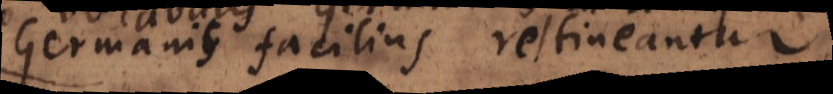
Germanis facilius retineantur